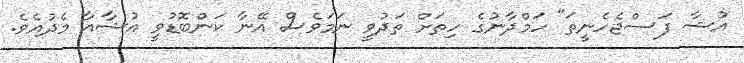
އުޝާ ފަސްޖެހެނީތަ" ހަމްދާނުގެ ހިތަށް ތަދުވީ ނަމަވެސް އޭނާ ކަންބޮޑުވީ އުޝާއާ މެދުއެވެ.